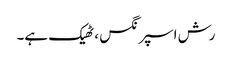
رش اسپرنگس ، ٹھیک ہے۔